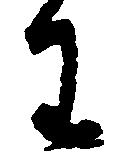
わ